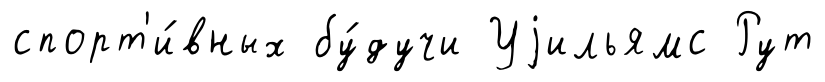
спорт'и́вных бу́дучи Уjильямс Рут